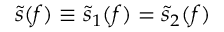
\tilde { s } ( f ) \equiv \tilde { s } _ { 1 } ( f ) = \tilde { s } _ { 2 } ( f )